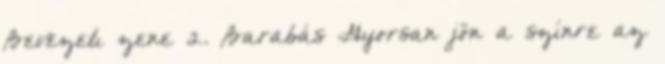
Bevezetı zene 2. Barabás Gyorsan jön a színre az